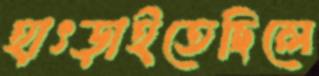
হাৎড়াইতেছিলে